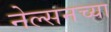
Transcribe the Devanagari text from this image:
नेल्सनच्या